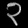
Digit: ၃